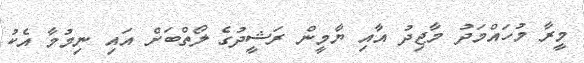
މީރާ މުހައްމަދު މާޖިދު އާއި ޔާމީން ރަޝީދުގެ ލޯތްބަށް އައި ނިމުމާ އެކު